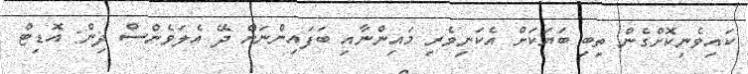
ކައިވެނިކޮށްގެން ތިބި ބަޔަކަށް އެކަނިވެރި މައިންނާއި ބަފައިންނަށް ދޭ އެލަވެންސް ދިން: އޮޑިޓް